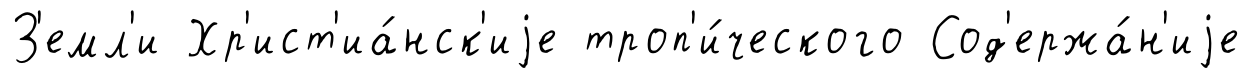
З'емл'и Хр'ист'иа́нск'иjе троп'и́ческого Сод'ержа́н'иjе